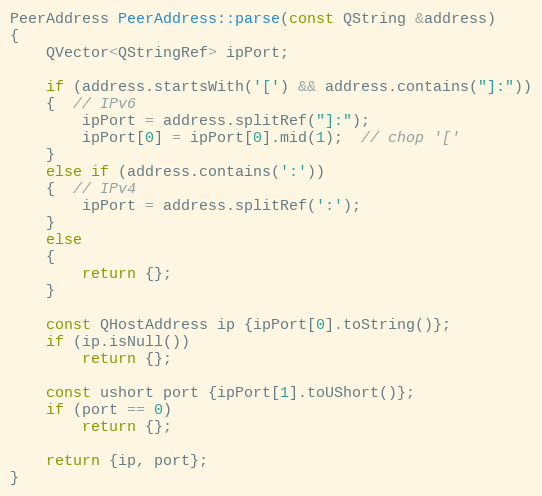
Language: C++
PeerAddress PeerAddress::parse(const QString &address)
{
    QVector<QStringRef> ipPort;

    if (address.startsWith('[') && address.contains("]:"))
    {  // IPv6
        ipPort = address.splitRef("]:");
        ipPort[0] = ipPort[0].mid(1);  // chop '['
    }
    else if (address.contains(':'))
    {  // IPv4
        ipPort = address.splitRef(':');
    }
    else
    {
        return {};
    }

    const QHostAddress ip {ipPort[0].toString()};
    if (ip.isNull())
        return {};

    const ushort port {ipPort[1].toUShort()};
    if (port == 0)
        return {};

    return {ip, port};
}